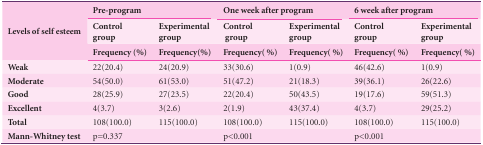
<table><thead><tr><td rowspan="3"><b>Levels of self esteem</b></td><td colspan="2"><b>Pre-program</b></td><td colspan="2"><b>One week after program</b></td><td colspan="2"><b>6 week after program</b></td></tr><tr><td><b>Control group</b></td><td><b>Experimental group</b></td><td><b>Control group</b></td><td><b>Experimental group</b></td><td><b>Control group</b></td><td><b>Experimental group</b></td></tr><tr><td><b>Frequency(%)</b></td><td><b>Frequency(%)</b></td><td><b>Frequency(%)</b></td><td><b>Frequency(%)</b></td><td><b>Frequency(%)</b></td><td><b>Frequency(%)</b></td></tr></thead><tbody><tr><td><b>Weak</b></td><td> 22(20.4) </td><td> 24(20.9) </td><td> 33(30.6) </td><td> 1(0.9) </td><td> 46(42.6) </td><td> 1(0.9) </td></tr><tr><td><b>Moderate</b></td><td> 54(50.0) </td><td> 61(53.0) </td><td> 51(47.2) </td><td> 21(18.3) </td><td> 39(36.1) </td><td> 26(22.6) </td></tr><tr><td><b>Good</b></td><td> 28(25.9) </td><td> 27(23.5) </td><td> 22(20.4) </td><td> 50(43.5) </td><td> 19(17.6) </td><td> 59(51.3) </td></tr><tr><td><b>Excellent</b></td><td> 4(3.7) </td><td> 3(2.6) </td><td> 2(1.9) </td><td> 43(37.4) </td><td> 4(3.7) </td><td> 29(25.2) </td></tr><tr><td><b>Total</b></td><td> 108(100.0) </td><td> 115(100.0) </td><td> 108(100.0) </td><td> 115(100.0) </td><td> 108(100.0) </td><td> 115(100.0) </td></tr><tr><td><b>Mann-Whitney test</b></td><td colspan="2"> p=0.337 </td><td colspan="2"> p&lt;0.001 </td><td colspan="2"> p&lt;0.001 </td></tr></tbody></table>